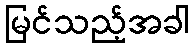
မြင်သည့်အခါ